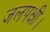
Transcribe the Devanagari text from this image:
जलपक्षी।